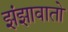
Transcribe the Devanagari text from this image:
झंझावातो